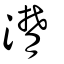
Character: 潸